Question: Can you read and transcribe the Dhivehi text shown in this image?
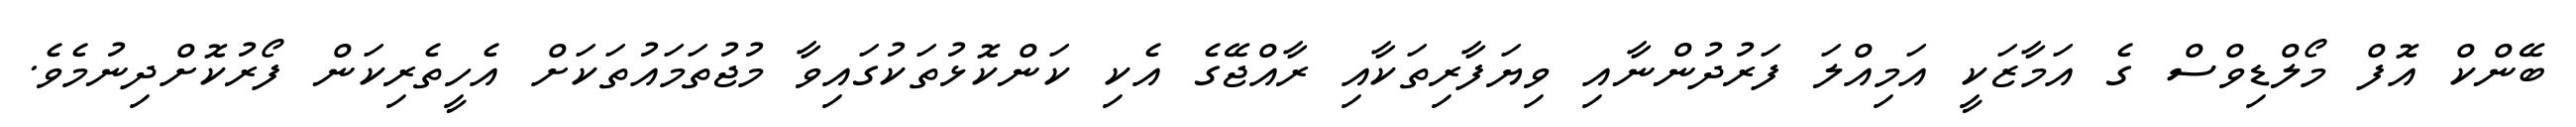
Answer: ބޭންކް އޮފް މޯލްޑިވްސް ގެ އަމާޒަކީ އަމިއްލަ ފަރުދުންނާއި ވިޔަފާރިތަކާއި ރާއްޖޭގެ އެކި ކަންކޮޅުތަކުގައިވާ މުޖުތަމައުތަކަށް އެހީތެރިކަން ފޯރުކޮށްދިނުމެވެ.